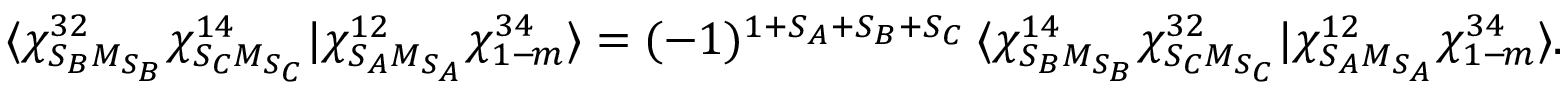
\langle \chi _ { S _ { B } M _ { S _ { B } } } ^ { 3 2 } \chi _ { S _ { C } M _ { S _ { C } } } ^ { 1 4 } | \chi _ { S _ { A } M _ { S _ { A } } } ^ { 1 2 } \chi _ { 1 - \! m } ^ { 3 4 } \rangle = ( - 1 ) ^ { 1 + S _ { A } + S _ { B } + S _ { C } } \: \langle \chi _ { S _ { B } M _ { S _ { B } } } ^ { 1 4 } \chi _ { S _ { C } M _ { S _ { C } } } ^ { 3 2 } | \chi _ { S _ { A } M _ { S _ { A } } } ^ { 1 2 } \chi _ { 1 - \! m } ^ { 3 4 } \rangle .